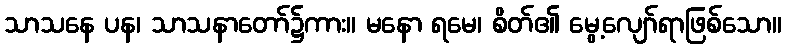
သာသနေ ပန၊ သာသနာတော်၌ကား။ မနော ရမေ၊ စိတ်၏ မွေ့လျော်ရာဖြစ်သော။